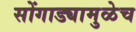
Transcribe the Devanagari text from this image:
सोंगाड्यामुळेच